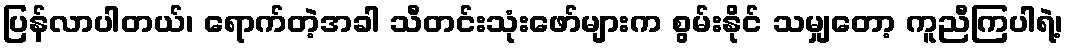
ပြန်လာပါတယ်၊ ရောက်တဲ့အခါ သီတင်းသုံးဖော်များက စွမ်းနိုင် သမျှတော့ ကူညီကြပါရဲ့၊